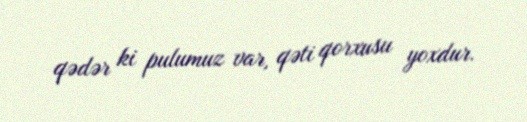
qədər ki pulumuz var, qəti qorxusu yoxdur.